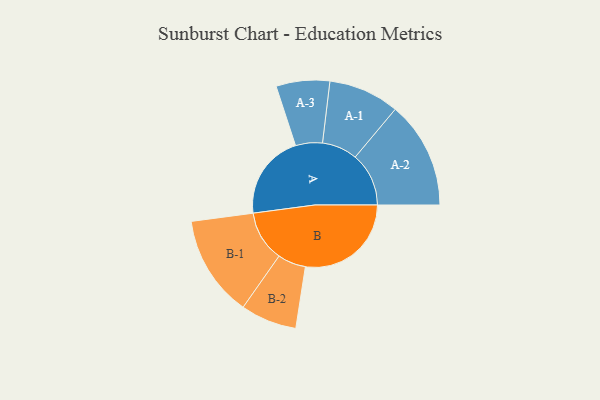
{"axis": {"x": "Segment", "y": "Value"}, "legend": ["", "A", "B"], "data": [{"x": "A", "y": 384, "type": ""}, {"x": "B", "y": 478, "type": ""}, {"x": "A-1", "y": 160, "type": "A"}, {"x": "A-2", "y": 242, "type": "A"}, {"x": "A-3", "y": 121, "type": "A"}, {"x": "B-1", "y": 229, "type": "B"}, {"x": "B-2", "y": 127, "type": "B"}]}